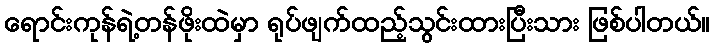
ရောင်းကုန်ရဲ့တန်ဖိုးထဲမှာ ရုပ်ဖျက်ထည့်သွင်းထားပြီးသား ဖြစ်ပါတယ်။